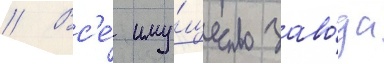
// Вс'е́ иму́щество заво́да